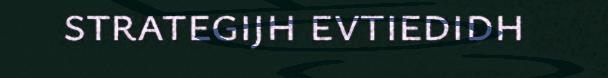
strategijh evtiedidh